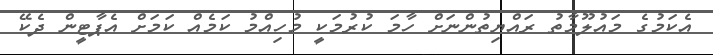
އެކަމުގެ މައުލޫމާތު ރައްޔިތުންނަށް ހާމަ ކުރުމަކީ މުހިއްމު ކަމެއްް ކަމަށް އެޕާޓީން ދެކޭ